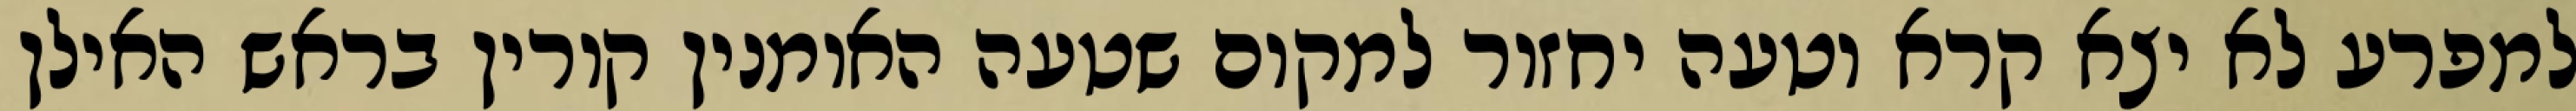
למפרע לא יצא קרא וטעה יחזור למקום שטעה האומנין קורין בראש האילן